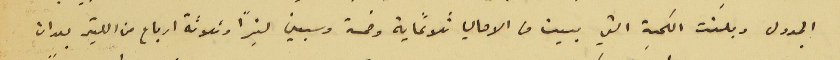
الجدول وبلغت الكمية التي بيعت من الاهالي ثلاثماية وخمسة وسبعين ليترًا وثلاثة ارباع من الليتر بعد ان